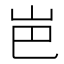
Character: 岜